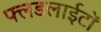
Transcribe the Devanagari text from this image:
फ्लडलाईटों